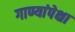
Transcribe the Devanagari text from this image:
गाण्यांपेक्षा